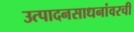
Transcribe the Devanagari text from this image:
उत्पादनसाधनांवरची